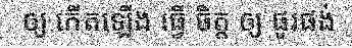
ឲ្យ កើតឡើង ធ្វើ ចិត្ត ឲ្យ ផូរផង់